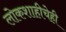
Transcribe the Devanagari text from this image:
लोकशाहीचेही